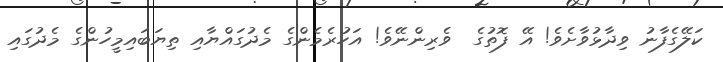
ކަލޭގެފާނު ވިދާޅުވާށެވެ! އޭ ފޮތުގެ  ވެރިންނޭވެ! އަހުރެމެންގެ މެދުގައްޔާއި ތިޔަބައިމީހުންގެ މެދުގައި